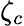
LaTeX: \zeta_{c}